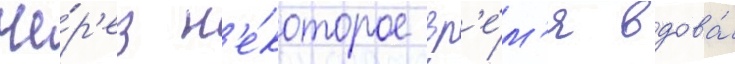
Че́р'ез н'е́которое вр'е́м'я вдова́